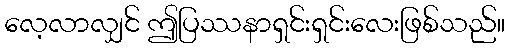
လေ့လာလျှင် ဤပြဿနာရှင်းရှင်းလေးဖြစ်သည်။